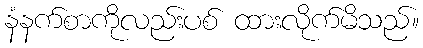
နံနက်စာကိုလည်းပစ် ထားလိုက်မိသည်။